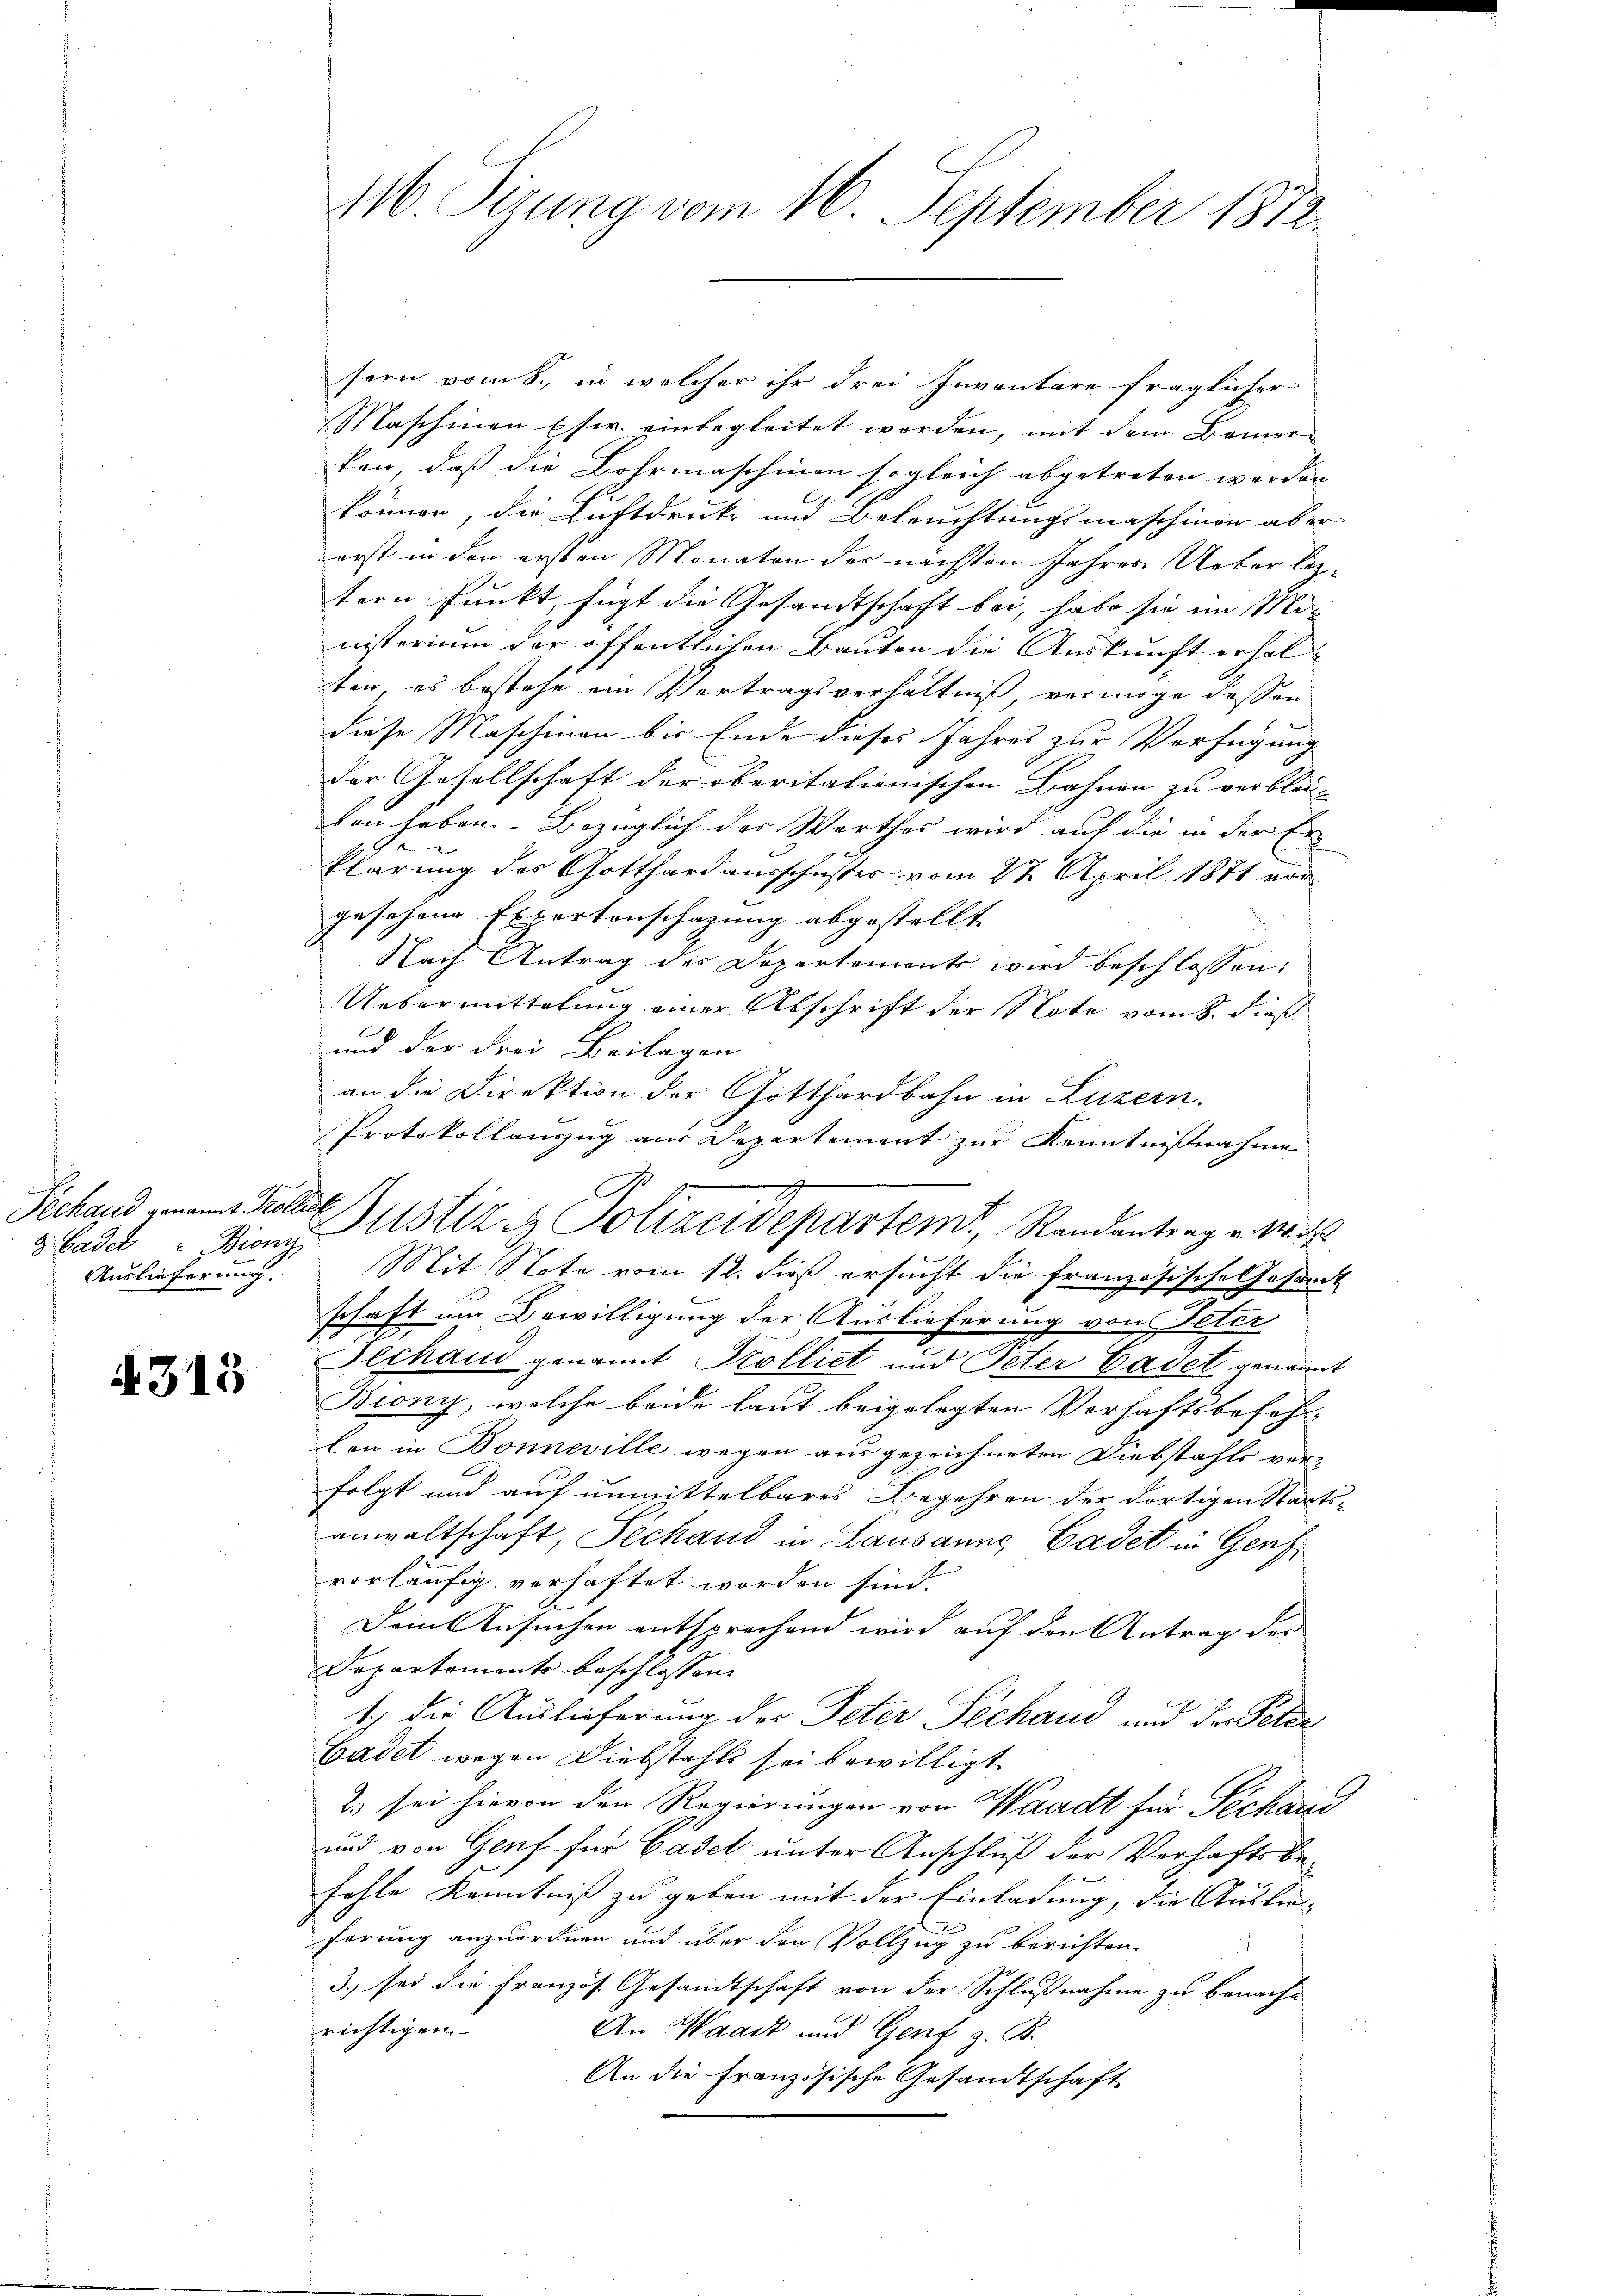
Pechand genannt Kollis
8 Cadet  Biony,
Auslieferung.

4313

116 Pirung vom 16. September 1872.

sern vom 8., in welcher ihr drei Inventare fraglicher
Maschinen Esw. einbegleitet worden, mit dem Bemerken, daß die Bohrmaschinen sogleich abgetreten werden
können, die Luftdruck und Beleuchtungsmaschinen aber
erst in den ersten Monaten der nächsten Jahres Ueber leztern Punkt, fügt die Gesandtschaft bei, habe sie im Mi-
nisterium der öffentlichen Bauten die Auskunft erhalten, es bestehe ein Vertragsverhältniß vermöge dessen
diese Maschinen bis Ende dieses Jahres zur Verfügung
der Gesellschaft der oberitalienischen Bahnen zu verblei-
ben haben. Bezüglich des Werthes wird auf die in der Er
klärung des Gotthard ausschusses vom 27. April 1871 vor
gesehene Expertonschazung abgestellt.
Nach Antrag des Departements wird beschlossen:
Uebermittelung einer Abschrift der Note vom 8. dieß
und der drei Beilagen
an die Direktion der Gotthardbahn in Luzern.
Protokollauszug aus Departement zur Kenntnißnahme
d
Justiz- & Polizeidepartem Randantrag v. 14.
Mit Note vom 12. dieß ersucht die Französische Gesandt
schaft um Bewilligung der Auslieferung von Peter
Dechand genannt Kolliet und Peter Cadet genannt
Biony, welche beide laut beigelegten Verhaftsbefehl¬
Con in Bonneville wegen ausgezeichneten Diebstahls ver-
folgt und auf unmittelbares Begehren der dortigen Staats-
anwaltschaft, Sechand in Lausanne Cadet in Genzvorläufig verhaftet worden sind.
Dem Ansuchen entsprechend wird auf den Antrag der
Departements beschlossen:
Ich die Auslieferung der Peter Sechand und Dr. Peter
Cadet wegen Diebstahls sei bewilligt.
2.) sei hievon den Regierungen von Waadt für Sechand
und von Genf für Cadet unter Anschluß der Verhaftsbefehle Kenntniß zu geben mit der Einladung, die Austre-
ferung anzuordnen und über den Vollzug zu berichten.
3.) sei die Französ. Gesandtschaft von der Schlußnahme zu benach-
richtigen.
An Waadt und Genf z. B.
An die Französische Gesandtschaft